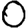
Digit: 0